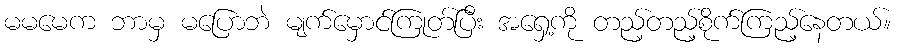
မမမေက ဘာမှ မပြောဘဲ မျက်မှောင်ကြုတ်ပြီး အရှေ့ကို တည့်တည့်စိုက်ကြည့်နေတယ်။